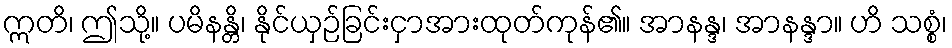
ဣတိ၊ ဤသို့။ ပမိနန္တိ၊ နိုင်ယှဉ်ခြင်းငှာအားထုတ်ကုန်၏။ အာနန္ဒ၊ အာနန္ဒာ။ ဟိ သစ္စံ၊